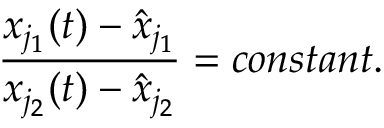
\frac { x _ { j _ { 1 } } ( t ) - \hat { x } _ { j _ { 1 } } } { x _ { j _ { 2 } } ( t ) - \hat { x } _ { j _ { 2 } } } = c o n s t a n t .